Report of the Municipal Commissioner on the plague in Bombay for the year ending 31st May... - Volume 1
Disease focus: Plague
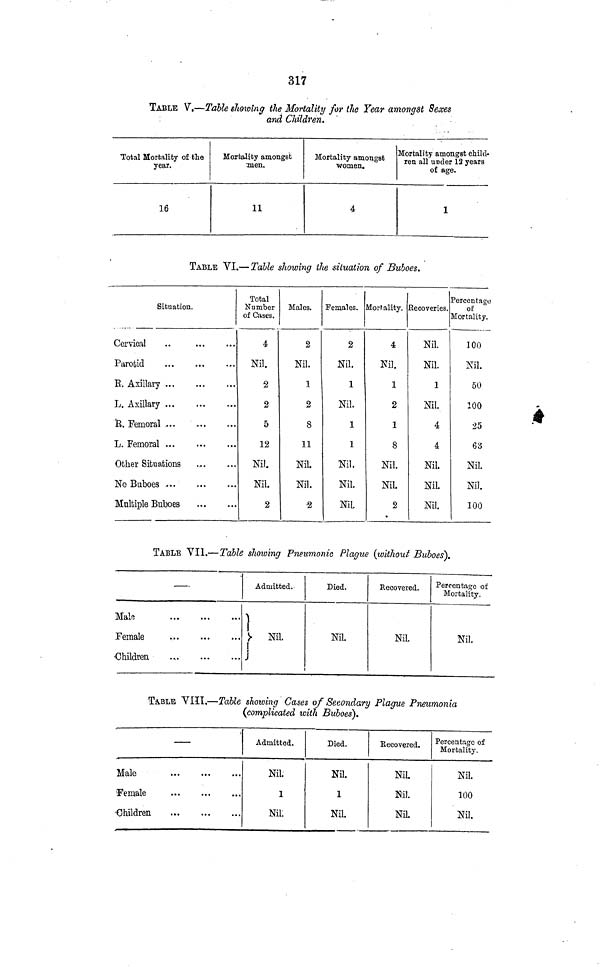
317
TABLE V.—Table showing the Mortality for the Year amongst Sexes
and Children.
Total Mortality of the
year.
16
Mortality amongst
men.
11
Mortality amongst
women.
4
Mortality amongst child-
ren all under 12 years
of age.
1
TABLE VI.— Table showing the situation of Buboes.
Situation.
Cervical
..
Parotid
E. Axillary
L. Axillary
R.. Femoral
L. Femoral
Other Situations
No Buboes
Multiple Buboes
Total
Number
of Cases.
4
Nil.
•2
2
5
12
Nil,
Nil.
2
Males.
2
Nil.
1
2
8
11
Nil.
Nil.
2
Females.
2
Nil.
1
Nil.
1
1
Nil.
Nil.
Nil.
Mortality.
4
Nil.
1
2
1
8
Nil.
Nil.
2
Recoveries.
Nil.
Nil.
1
Nil.
4
4
Nil.
Nil.
Nil.
Percentage
of
Mortality.
100
Nil.
50
100
•25
63
Nil.
Nil.
100
TABLE VII.—Table showing Pneumonic Plague (without Buboes).
—
Male
Female
•Children
Admitted.
Nil.
Died.
Nil.
Recovered.
Nil.
Percentage of
Mortality.
Nil.
TABLE VIII.—Table showing Cases of Secondary Plague Pneumonia
(complicated with Buboes').
—
Male
Female
Children
Admitted.
Nil.
1
Nil;
Died.
Nil.
1
Nil.
Recovered.
Nil.
Nil.
Nil.
Percentage of
Mortality.
Nil.
100
Nil.